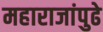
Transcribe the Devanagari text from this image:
महाराजांपुढे